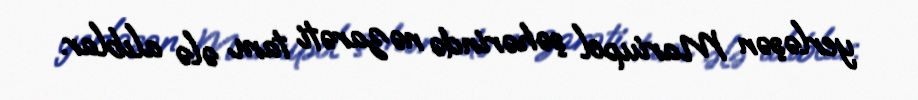
yerləşən Mariupol şəhərində nəzarəti tam ələ alıblar.